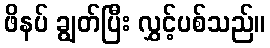
ဖိနပ် ချွတ်ပြီး လွှင့်ပစ်သည်။